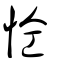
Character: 𢘐